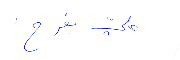
عليّ بفرح: